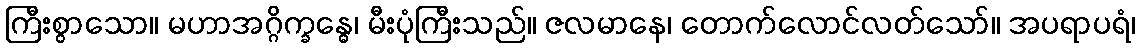
ကြီးစွာသော။ မဟာအဂ္ဂိက္ခန္ဓေ၊ မီးပုံကြီးသည်။ ဇလမာနေ၊ တောက်လောင်လတ်သော်။ အပရာပရံ၊